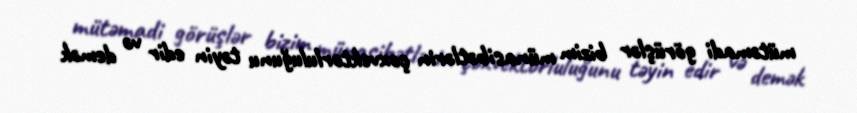
mütəmadi görüşlər bizim münasibətlərin çoxvektorluluğunu təyin edir və demək